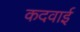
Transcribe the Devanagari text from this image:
कदवाई